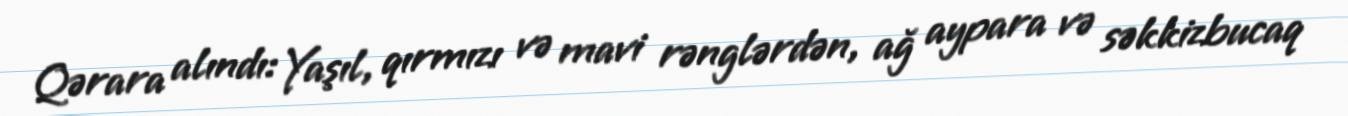
Qərara alındı: Yaşıl, qırmızı və mavi rənglərdən, ağ aypara və səkkizbucaq